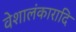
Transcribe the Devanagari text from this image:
वेशालंकारादि